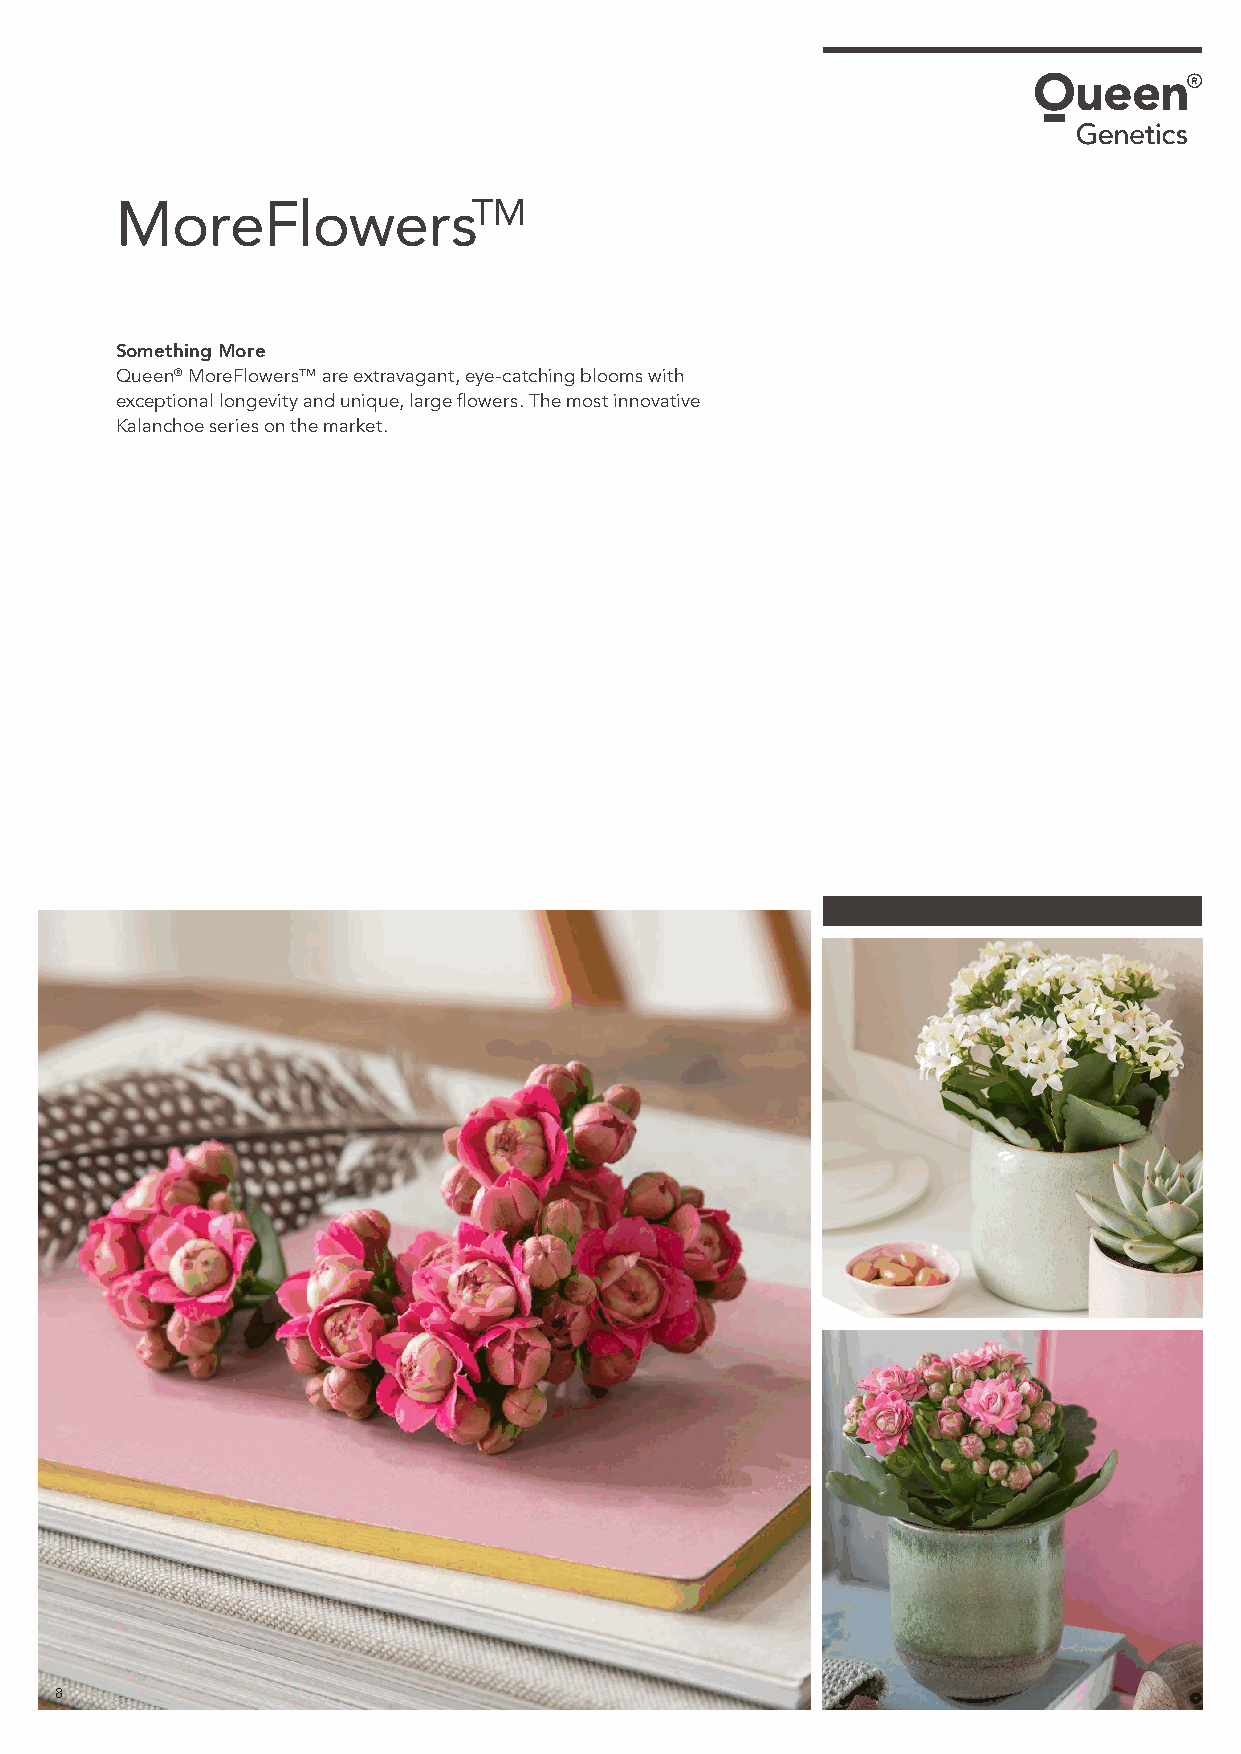
MoreFlowersTM
 Something More
 Queen® MoreFlowers™ are extravagant, eye-catching blooms with
 exceptional longevity and unique, large flowers. The most innovative
 Kalanchoe series on the market.
 8